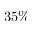
3 5 \%